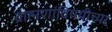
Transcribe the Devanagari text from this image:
ब्राह्मणांविषयीच्या